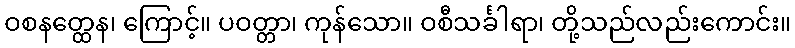
ဝစနတ္ထေန၊ ကြောင့်။ ပဝတ္တာ၊ ကုန်သော။ ဝစီသင်္ခါရာ၊ တို့သည်လည်းကောင်း။